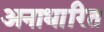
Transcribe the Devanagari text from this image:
अनाधारित